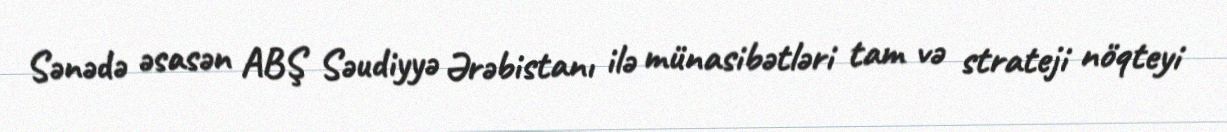
Sənədə əsasən ABŞ Səudiyyə Ərəbistanı ilə münasibətləri tam və strateji nöqteyi